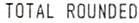
TOTAL ROUNDED